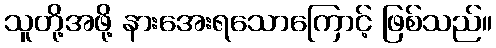
သူတို့အဖို့ နားအေးရသောကြောင့် ဖြစ်သည်။